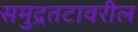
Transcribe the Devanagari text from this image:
समुद्रतटावरील